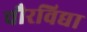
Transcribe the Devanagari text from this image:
चौरविद्या